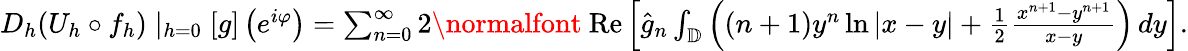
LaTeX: \begin{array}{r}{D_{h}(U_{h}\circ f_{h})\mid_{h=0}[g]\left(e^{i\varphi}\right)=\sum_{n=0}^{\infty}2\mathrm{\normalfont~Re}\left[\hat{g}_{n}\int_{\mathbb{D}}\left((n+1)y^{n}\ln|x-y|+\frac{1}{2}\frac{x^{n+1}-y^{n+1}}{x-y}\right)\, dy\right].}\end{array}